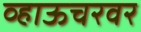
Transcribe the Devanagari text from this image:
व्हाऊचरवर